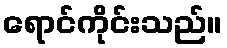
ရောင်ကိုင်းသည်။